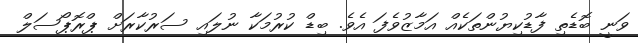
ވަނީ ބޮޑެތި ފާޑުކިޔުންތަކެއް އަމާޒުވެފަ އެވެ. ބިޑް ކުރުމަކާ ނުލައި ސަރުކާރަށް ޕްރޮޕޯސަލް